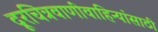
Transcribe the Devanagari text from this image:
दूरचित्रवाणीवाहिन्यांसाठी